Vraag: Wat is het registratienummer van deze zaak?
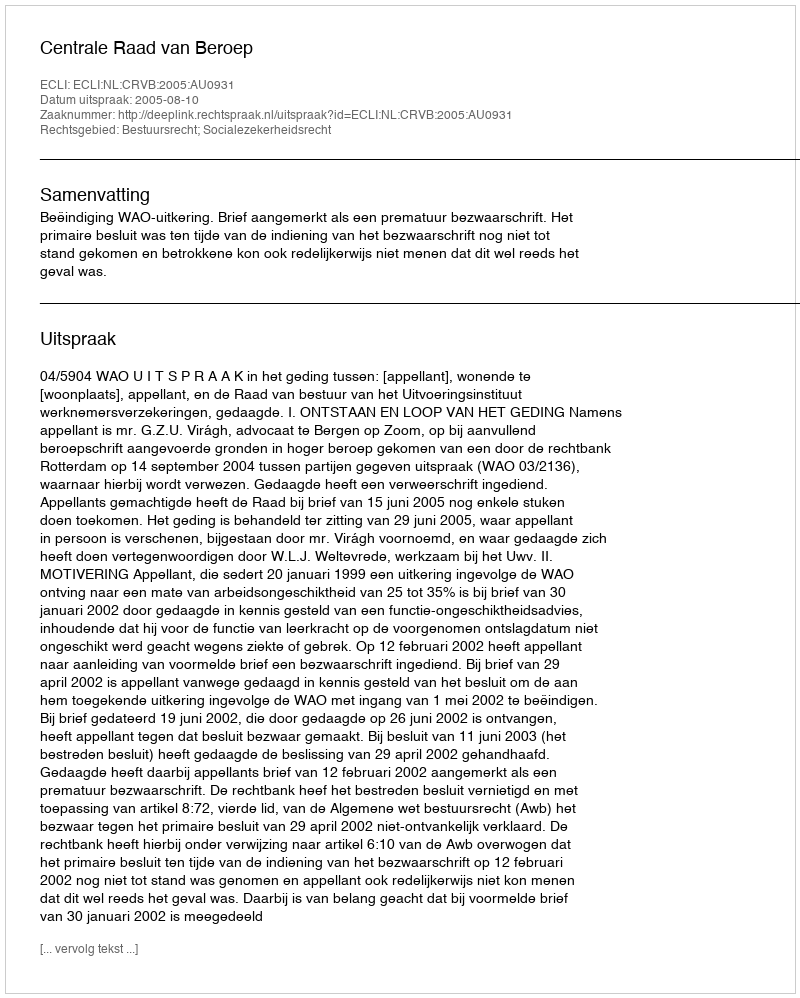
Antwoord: http://deeplink.rechtspraak.nl/uitspraak?id=ECLI:NL:CRVB:2005:AU0931